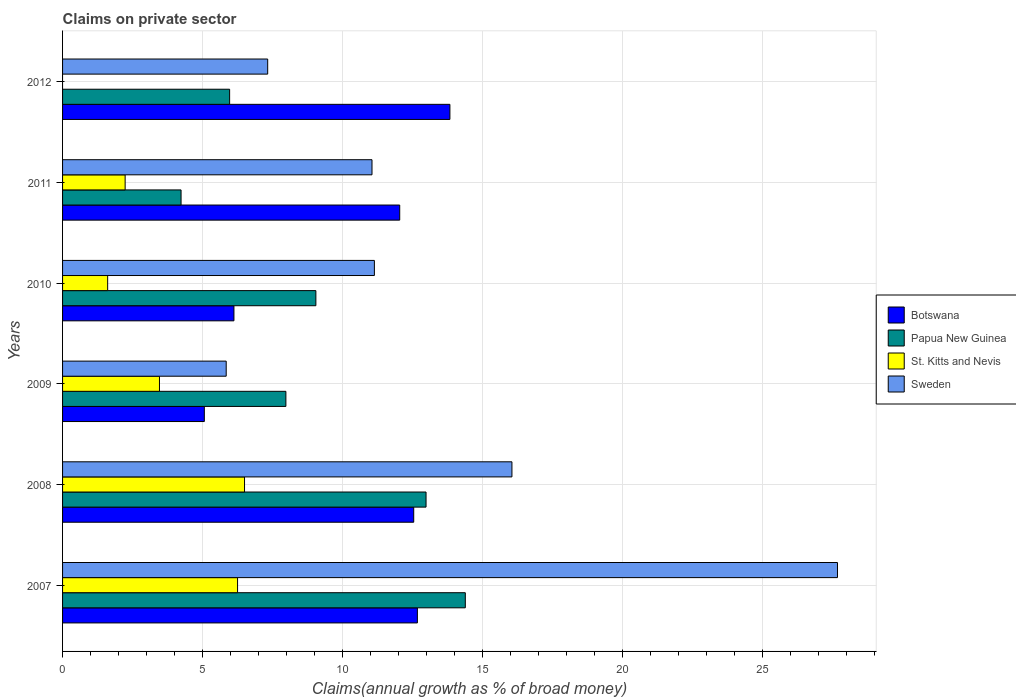
| Years | Botswana | Papua New Guinea | St. Kitts and Nevis | Sweden |
 | --- | --- | --- | --- | --- |
 | 2007 | 12.7 | 14.4 | 6.25 | 27.7 |
 | 2008 | 12.5 | 13 | 6.5 | 16 |
 | 2009 | 5.06 | 7.97 | 3.46 | 5.84 |
 | 2010 | 6.12 | 9.04 | 1.61 | 11.1 |
 | 2011 | 12 | 4.23 | 2.23 | 11 |
 | 2012 | 13.8 | 5.96 | -0.0558 | 7.32 |